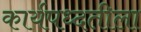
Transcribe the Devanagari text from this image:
कार्यपध्दतीला